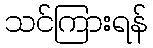
သင်ကြားရန်